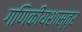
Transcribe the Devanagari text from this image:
गणिकीयशास्त्र